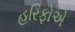
હરિફોએ